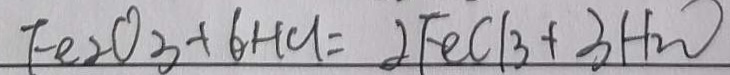
F e _ { 2 } O _ { 3 } + 6 H C l = 2 F e C l _ { 3 } + 3 H _ { 2 } O